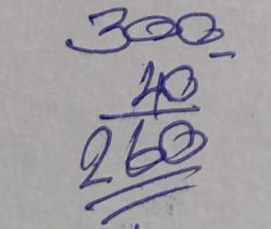
300 - 40 =260